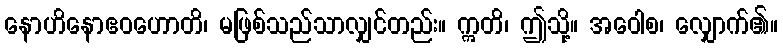
နောဟိနောဧဝဟောတိ၊ မဖြစ်သည်သာလျှင်တည်း။ ဣတိ၊ ဤသို့။ အဝေါစ၊ လျှောက်၏။